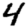
Digit: 4